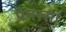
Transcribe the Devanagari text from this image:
प्रेमरसा